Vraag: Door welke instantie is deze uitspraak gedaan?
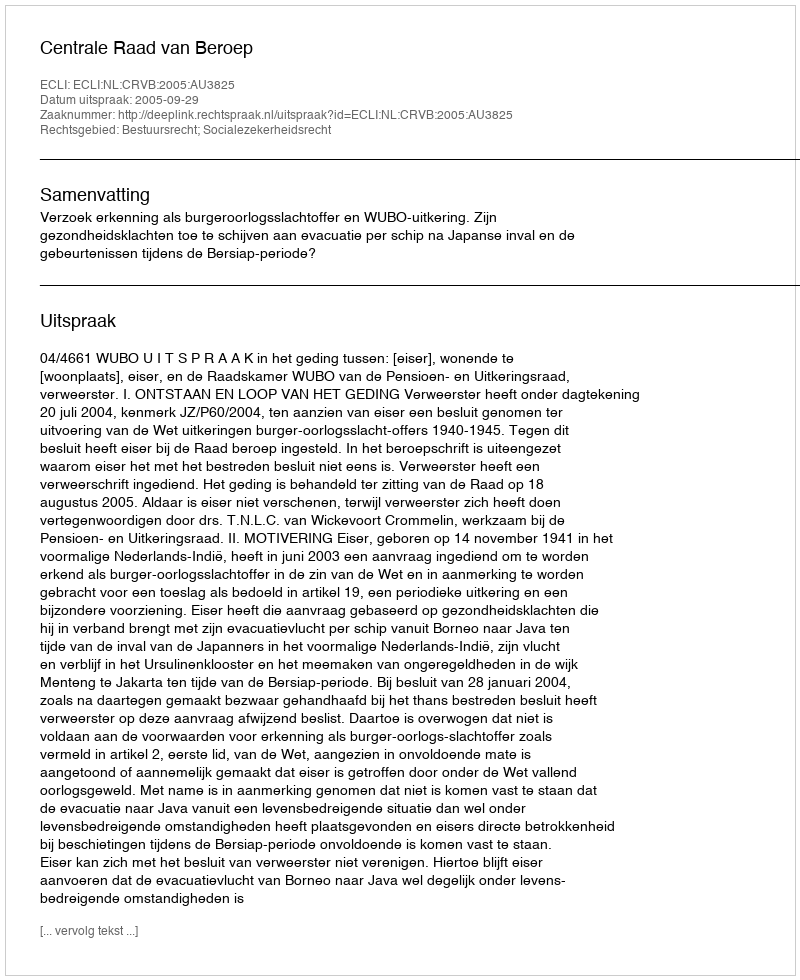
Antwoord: Centrale Raad van Beroep